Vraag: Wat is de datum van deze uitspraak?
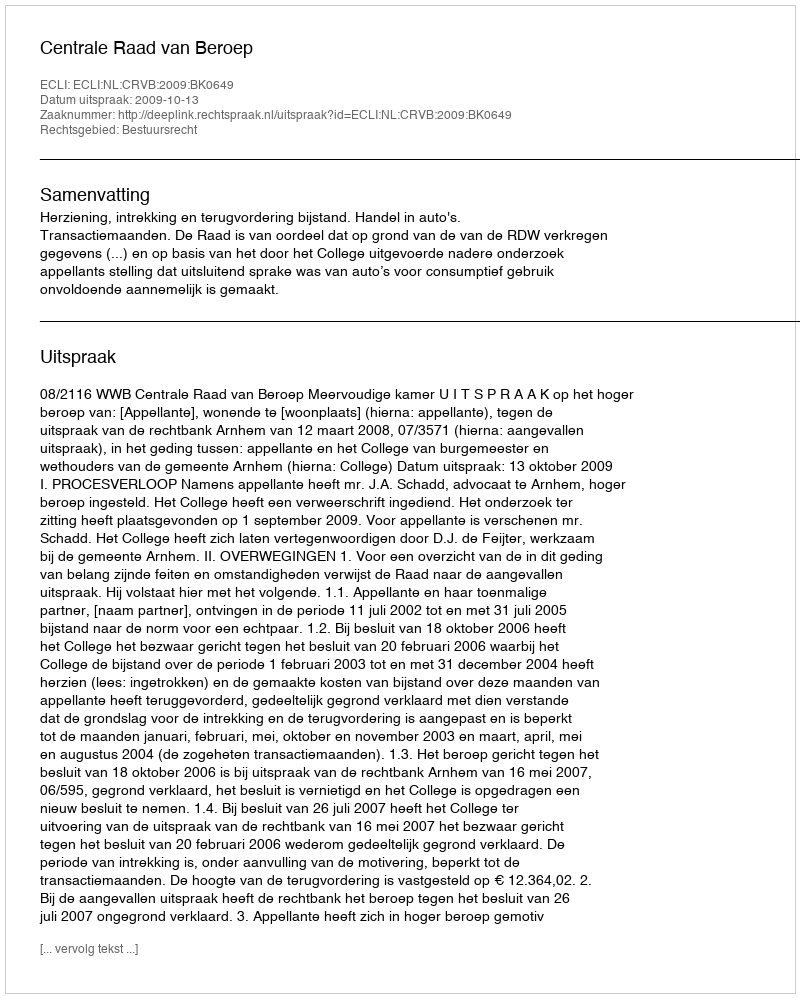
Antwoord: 2009-10-13